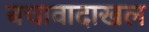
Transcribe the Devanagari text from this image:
बचावादाखल